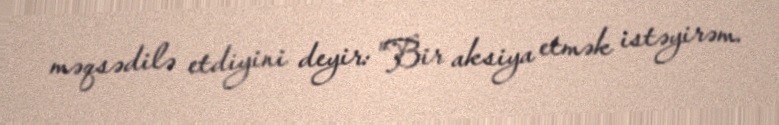
məqsədilə etdiyini deyir: "Bir aksiya etmək istəyirəm.